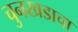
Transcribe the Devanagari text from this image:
चुनखडाचा